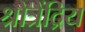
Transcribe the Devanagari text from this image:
श्रोत्रेंद्रिय